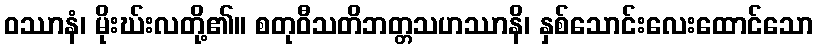
ဝဿာနံ၊ မိုးဃ်းလတို့၏။ စတုဝီသတိဘတ္တသဟဿာနိ၊ နှစ်သောင်းလေးထောင်သော